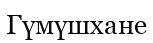
Гүмүшхане